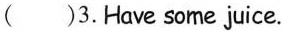
（ )3. Have some juice.